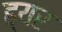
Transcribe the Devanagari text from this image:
ह्यर